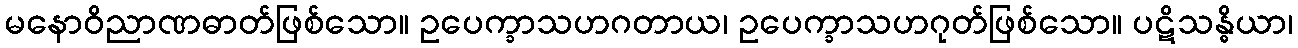
မနောဝိညာဏဓာတ်ဖြစ်သော။ ဥပေက္ခာသဟဂတာယ၊ ဥပေက္ခာသဟဂုတ်ဖြစ်သော။ ပဋိသန္ဓိယာ၊